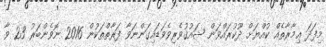
މިފަދަ ޢިމާރާތެއް ކުއްޔަށް ދޫކުރައްވަން ޝައުޤުވެރިވެވަޑައިގަންނަވާ ފަރާތްތަކުން 2016 ނޮވެންބަރު 23 ވާ